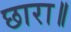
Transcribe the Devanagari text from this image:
छारा॥